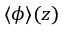
\langle \phi \rangle ( z )